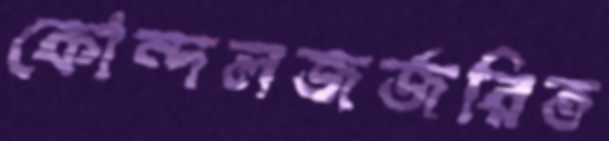
কোন্দলজর্জরিত